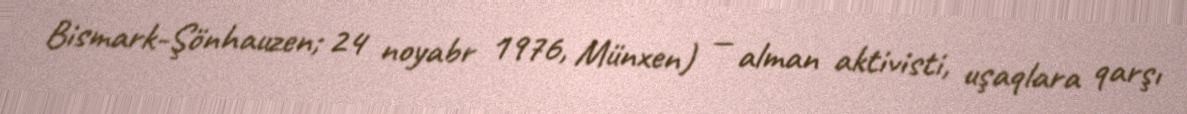
Bismark-Şönhauzen; 24 noyabr 1976, Münxen) — alman aktivisti, uşaqlara qarşı